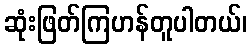
ဆုံးဖြတ်ကြဟန်တူပါတယ်၊